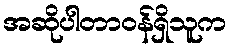
အဆိုပါတာဝန်ရှိသူက